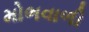
મોભવાળી